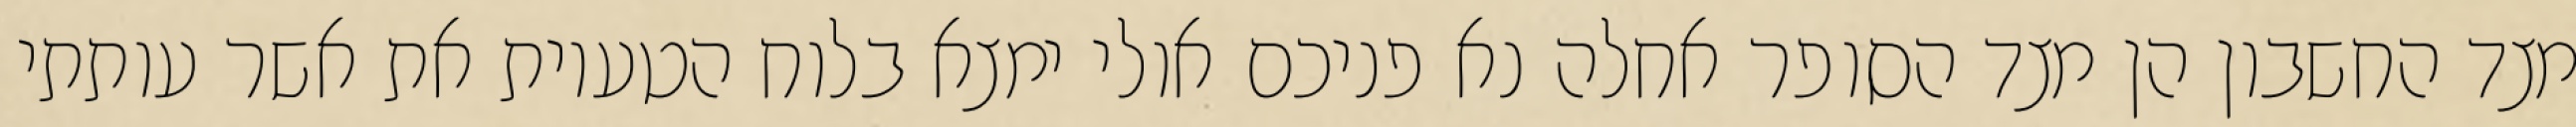
מצד החשבון הן מצד הסופר אחלה נא פניכם אולי ימצא בלוח הטעיות את אשר עותתי